Note on the mental hospitals in Burma - 1925-1940
Year: 1925
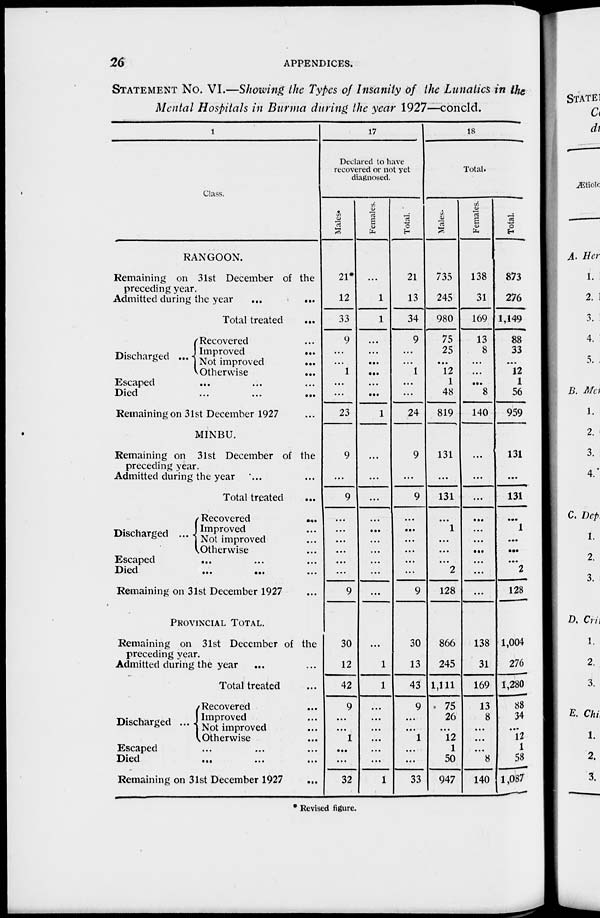
26
APPENDICES.
STATEMENT NO. VI.—Showing the Types of Insanity of the Lunatics in the
Mental Hospitals in Burma during the year 1927—concld.
1
Class.
RANGOON.
Remaining on 31st December of the
preceding year.
Admitted during the year
...
...
Total treated
...
Discharged ...
Recovered ...
Improved
...
Not improved
...
Otherwise
...
Escaped ... ... ...
Died ... ... ...
Remaining on 31st December 1927 ...
MINBU.
Remaining on 31st December of the
preceding year.
Admitted during the year ... ...
Total treated ...
Discharged ...
Recovered
...
Improved ...
Not improved ...
Otherwise ...
Escaped ... ... ...
Died
...
... ...
Remaining on 31st December 1927 ...
PROVINCIAL TOTAL.
Remaining on 31st December of the
preceding year.
Admitted during the year ... ...
Total treated ...
Discharged ...
Recovered ...
Improved ...
Not improved ...
Otherwise ...
Escaped ... ... ...
Died ... ... ...
Remaining on 31st December 1927 ...
17
Declared to have
recovered or not yet
diagnosed.
Males.
21*
12
33
9
...
...
1
...
...
23
9
...
9
...
...
...
...
...
...
9
30
12
42
9
...
...
1
...
...
32
Females.
...
1
1
...
...
...
...
...
...
1
...
...
...
...
...
...
...
...
...
...
...
1
1
...
...
...
...
...
...
1
Total.
21
13
34
9
...
...
1
...
...
24
9
...
9
...
...
...
...
...
...
9
30
13
43
9
...
...
1
...
...
33
18
Total.
Males.
735
245
980
75
25
...
12
1
48
819
131
...
131
...
1
...
...
...
2
128
866
245
1,111
75
26
...
12
1
50
947
Females.
138
31
169
13
8
...
...
...
8
140
...
...
...
...
...
...
...
...
...
...
138
31
169
13
8
...
...
...
8
140
Total.
873
276
1,149
88
33
...
12
1
56
959
131
131
...
1
...
...
...
2
128
1,004
276
1,280
88
34
...
12
1
58
1,087
* Revised figure.